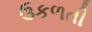
ઉકળતી